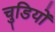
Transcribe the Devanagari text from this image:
चुडियों